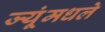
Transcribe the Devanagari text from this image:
ज्यूंमधले